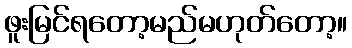
ဖူးမြင်ရတော့မည်မဟုတ်တော့။